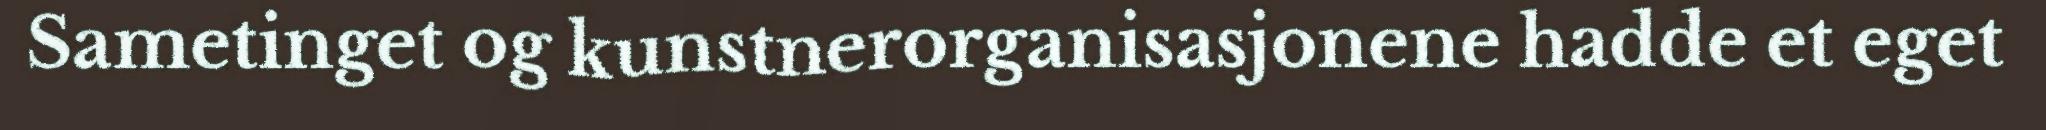
Sametinget og kunstnerorganisasjonene hadde et eget